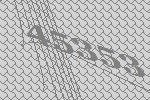
45353